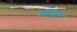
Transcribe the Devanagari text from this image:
आपत